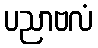
ပညာဗလံ